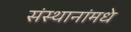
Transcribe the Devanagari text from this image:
संस्थानांमधे